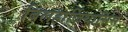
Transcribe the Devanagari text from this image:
बिलहार्ज़ियासिस